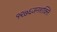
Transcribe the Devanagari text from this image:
१९७६जनशक्ति